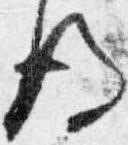
後